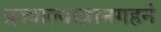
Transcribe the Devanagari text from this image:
प्रज्वाल्याज्ञानगहनं